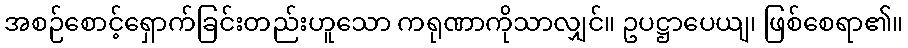
အစဉ်စောင့်ရှောက်ခြင်းတည်းဟူသော ကရုဏာကိုသာလျှင်။ ဥပဋ္ဌာပေယျ၊ ဖြစ်စေရာ၏။